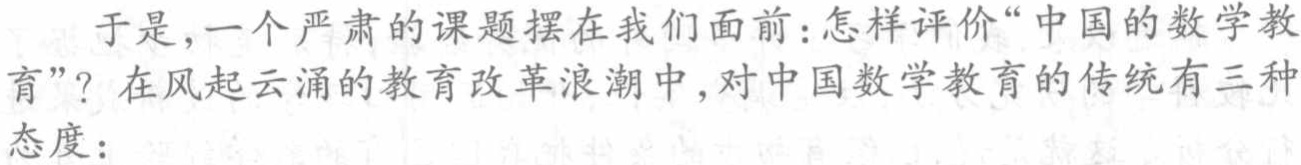
于是,一个严肃的课题摆在我们面前：怎样评价“中国的数学教育”？在风起云涌的教育改革浪潮中,对中国数学教育的传统有三种态度：